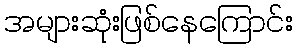
အများဆုံးဖြစ်နေကြောင်း